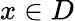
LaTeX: x\in D